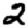
Digit: 2